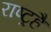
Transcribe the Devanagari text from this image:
राष्ट्रहै